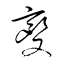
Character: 變